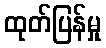
ထုတ်ပြန်မှု